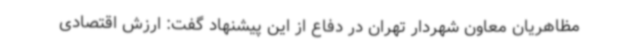
مظاهریان معاون شهردار تهران در دفاع از این پیشنهاد گفت: ارزش اقتصادی